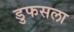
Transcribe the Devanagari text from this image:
डुफसला